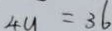
4 u = 3 6